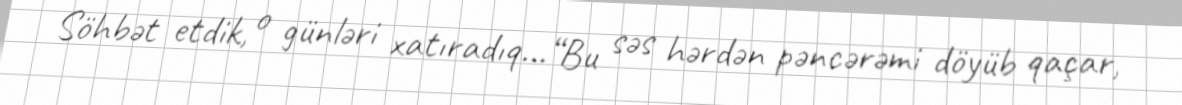
Söhbət etdik, o günləri xatıradıq...“Bu səs hərdən pəncərəmi döyüb qaçar,